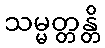
သမ္မတ္တန္တိ